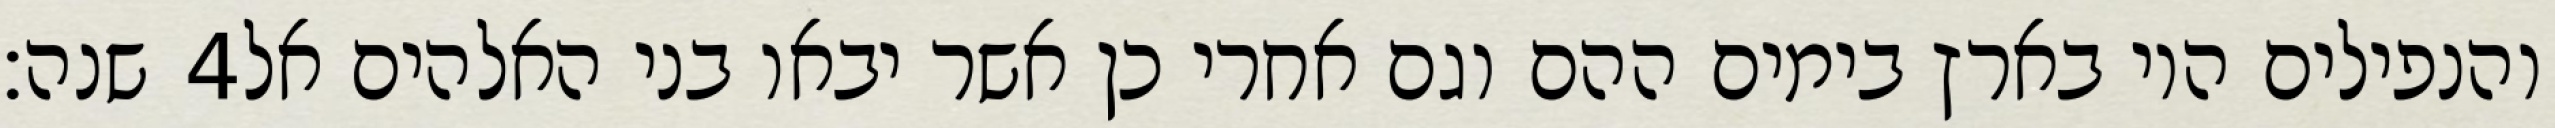
שנה׃ ‎4‏ והנפילים היו בארץ בימים ההם וגם אחרי כן אשר יבאו בני האלהים אל